Problem: 18 + 17 = ?
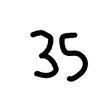
Handwritten answer: 35